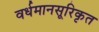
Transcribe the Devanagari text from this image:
वर्धमानसूरिकृत